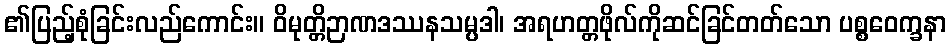
၏ပြည့်စုံခြင်းလည်ကောင်း။ ဝိမုတ္တိဉာဏဒဿနသမ္ပဒါ၊ အရဟတ္တဖိုလ်ကိုဆင်ခြင်တတ်သော ပစ္စဝေက္ခနာ